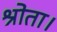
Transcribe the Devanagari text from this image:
श्रोता।